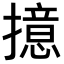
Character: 𢶶